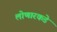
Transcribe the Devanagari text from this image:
लोणारकडे